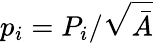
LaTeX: p_{i}=P_{i}/\sqrt{\bar{A}}